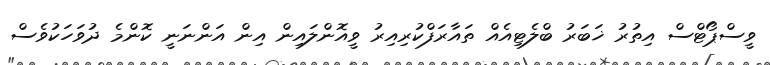
ވީސްޕޯޓްސް އިތުރު ޚަބަރު ބްލެޓިއެއް ތައާރަފްކުރިއިރު ވީއޮންލައިން އިން އަންނަނީ ކޮންމެ ދުވަހަކުވެސް